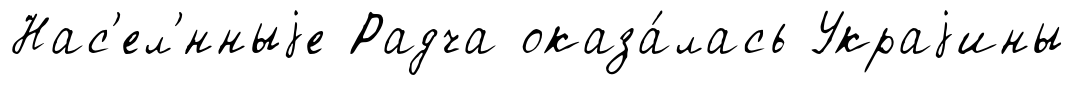
Нас'ел'́нныjе Радча оказа́лась Украjины